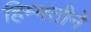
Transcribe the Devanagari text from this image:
हिम्मतीने